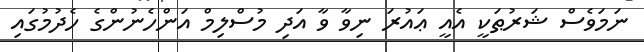
ނަމަވެސް ޝަރުޠަކީ އެއީ ޢައުރަ ނިވާ ވާ އަދި މުސްލިމް އަންހެނުންގެ ހެދުމުގައި